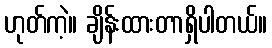
ဟုတ်ကဲ့။ ချိန်းထားတာရှိပါတယ်။